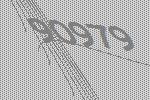
90979